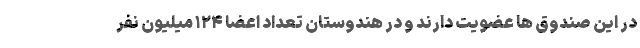
در این صندوق ها عضویت دارند و در هندوستان تعداد اعضا ۱۲۴ میلیون نفر